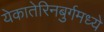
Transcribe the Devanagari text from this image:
येकातेरिनबुर्गमध्ये